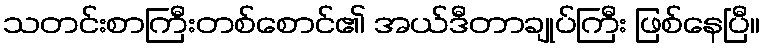
သတင်းစာကြီးတစ်စောင်၏ အယ်ဒီတာချုပ်ကြီး ဖြစ်နေပြီ။